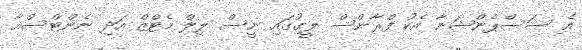
އެ ސަސްޕެންޝަނާ އެކު ފްރާންސް ލީގުގައި ނީސް ލިލް މެޓްޒް އަދި ނެންޓްސްއާ